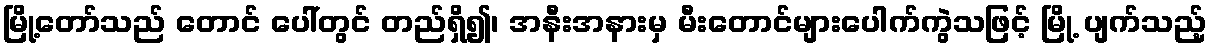
မြို့တော်သည် တောင် ပေါ်တွင် တည်ရှိ၍၊ အနီးအနားမှ မီးတောင်များပေါက်ကွဲသဖြင့် မြို့ ပျက်သည့်